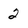
Character: 2